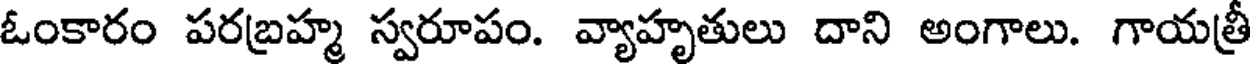
ఓంకారం పరబ్రహ్మ స్వరూపం. వ్యాహృతులు దాని అంగాలు. గాయత్రీ